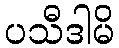
ပသီဒါမိ